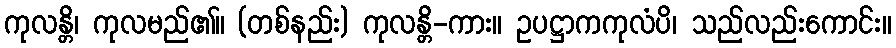
ကုလန္တိ၊ ကုလမည်၏။ (တစ်နည်း) ကုလန္တိ-ကား။ ဥပဋ္ဌာကကုလံပိ၊ သည်လည်းကောင်း။